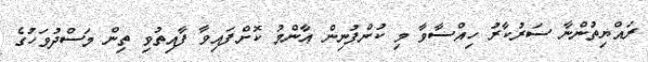
ރައްޔިތުންނާ ސަރުކާރު ހިއްސާވާ މި ކުންފުނިން ޢާންމު ކޮށްފައިވާ ފާއިތުވި ތިން މަސްދުވަހުގެ